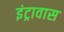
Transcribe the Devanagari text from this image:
इंट्रावास